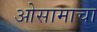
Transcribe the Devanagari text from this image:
ओसामाचा